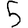
Digit: 5